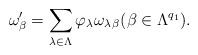
LaTeX: \begin{align*}\omega'_\beta = \sum_{\lambda \in \Lambda} \varphi_\lambda \omega_{\lambda\,\beta}(\beta \in \Lambda^{q_1}).\end{align*}